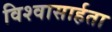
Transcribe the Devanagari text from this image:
विश्‍वासार्हता